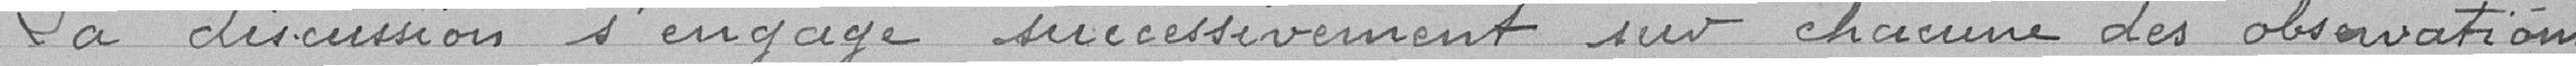
La discussion s'engage successivement sur chacune des observations